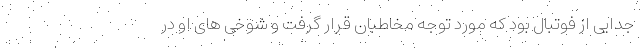
جدایی از فوتبال بود که مورد توجه مخاطبان قرار گرفت و شوخی های او در